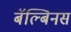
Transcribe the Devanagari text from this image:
बॅल्बिनस